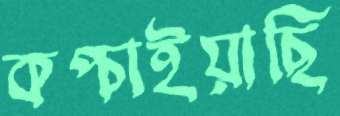
কপ্‌চাইয়াছি